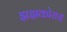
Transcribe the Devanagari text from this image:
झझकोरा॥